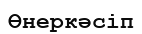
Өнеркәсіп